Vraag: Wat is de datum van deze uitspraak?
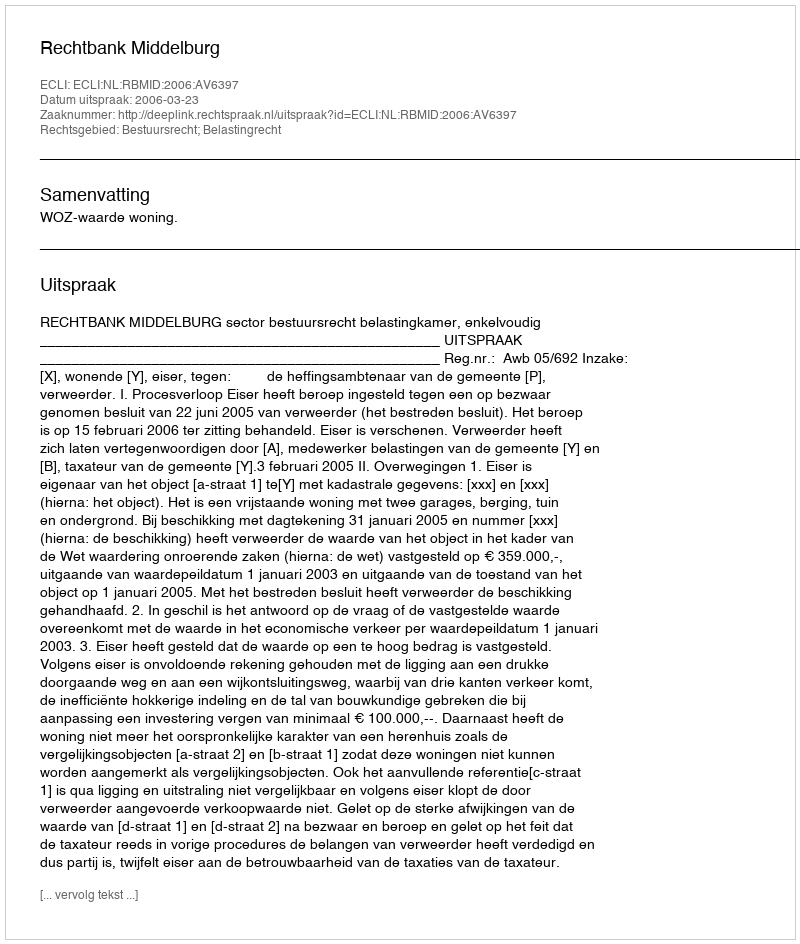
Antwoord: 2006-03-23